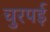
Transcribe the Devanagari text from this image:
चुरपई